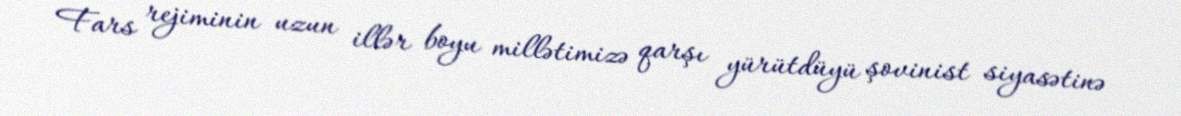
Fars rejiminin uzun illər boyu millətimizə qarşı yürütdüyü şovinist siyasətinə